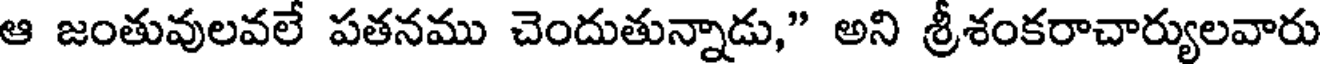
ఆ జంతువులవలే పతనము చెందుతున్నాడు," అని శ్రీశంకరాచార్యులవారు